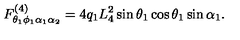
F _ { \theta _ { 1 } \phi _ { 1 } \alpha _ { 1 } \alpha _ { 2 } } ^ { ( 4 ) } = 4 { q } _ { 1 } L _ { 4 } ^ { 2 } \sin \theta _ { 1 } \cos \theta _ { 1 } \sin \alpha _ { 1 } .